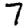
Digit: 7